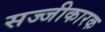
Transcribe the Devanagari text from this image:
सज्जीकारक